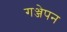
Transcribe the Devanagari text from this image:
गञ्जेपन